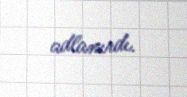
adlanırdı.